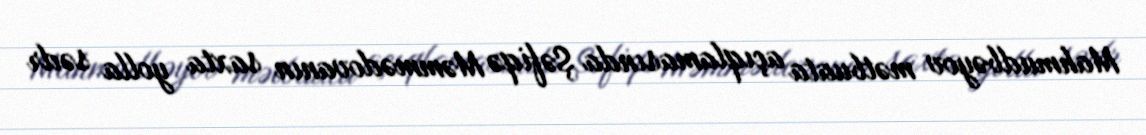
Mahmudbəyov mətbuata açıqlamasında Şəfiqə Məmmədovanın saxta yolla sədr